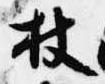
杖